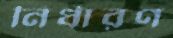
নির্ধারণ